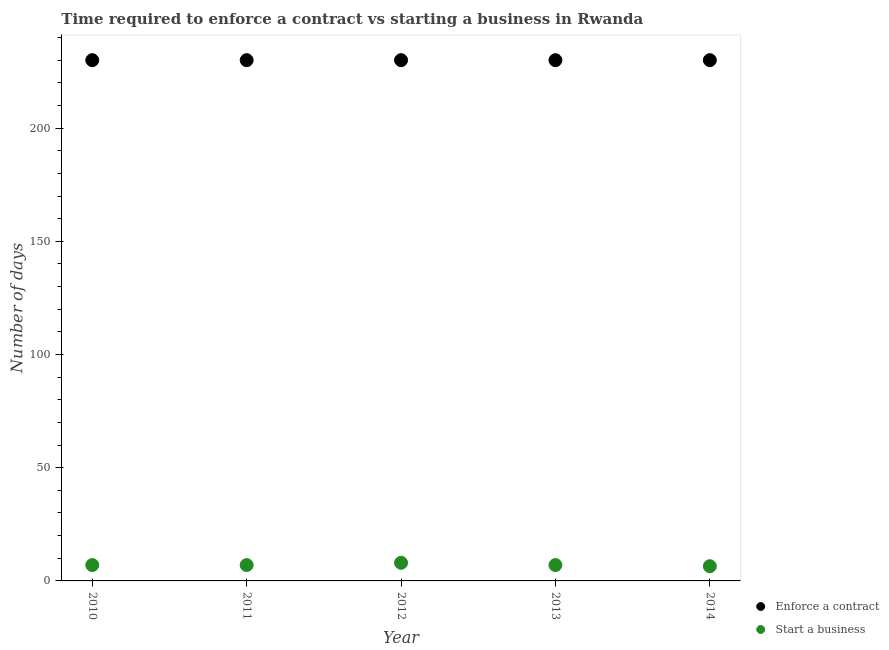
| Year | Enforce a contract | Start a business |
 | --- | --- | --- |
 | 2010 | 230 | 7 |
 | 2011 | 230 | 7 |
 | 2012 | 230 | 8 |
 | 2013 | 230 | 7 |
 | 2014 | 230 | 6.5 |